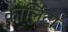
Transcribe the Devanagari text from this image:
कार्लिटो